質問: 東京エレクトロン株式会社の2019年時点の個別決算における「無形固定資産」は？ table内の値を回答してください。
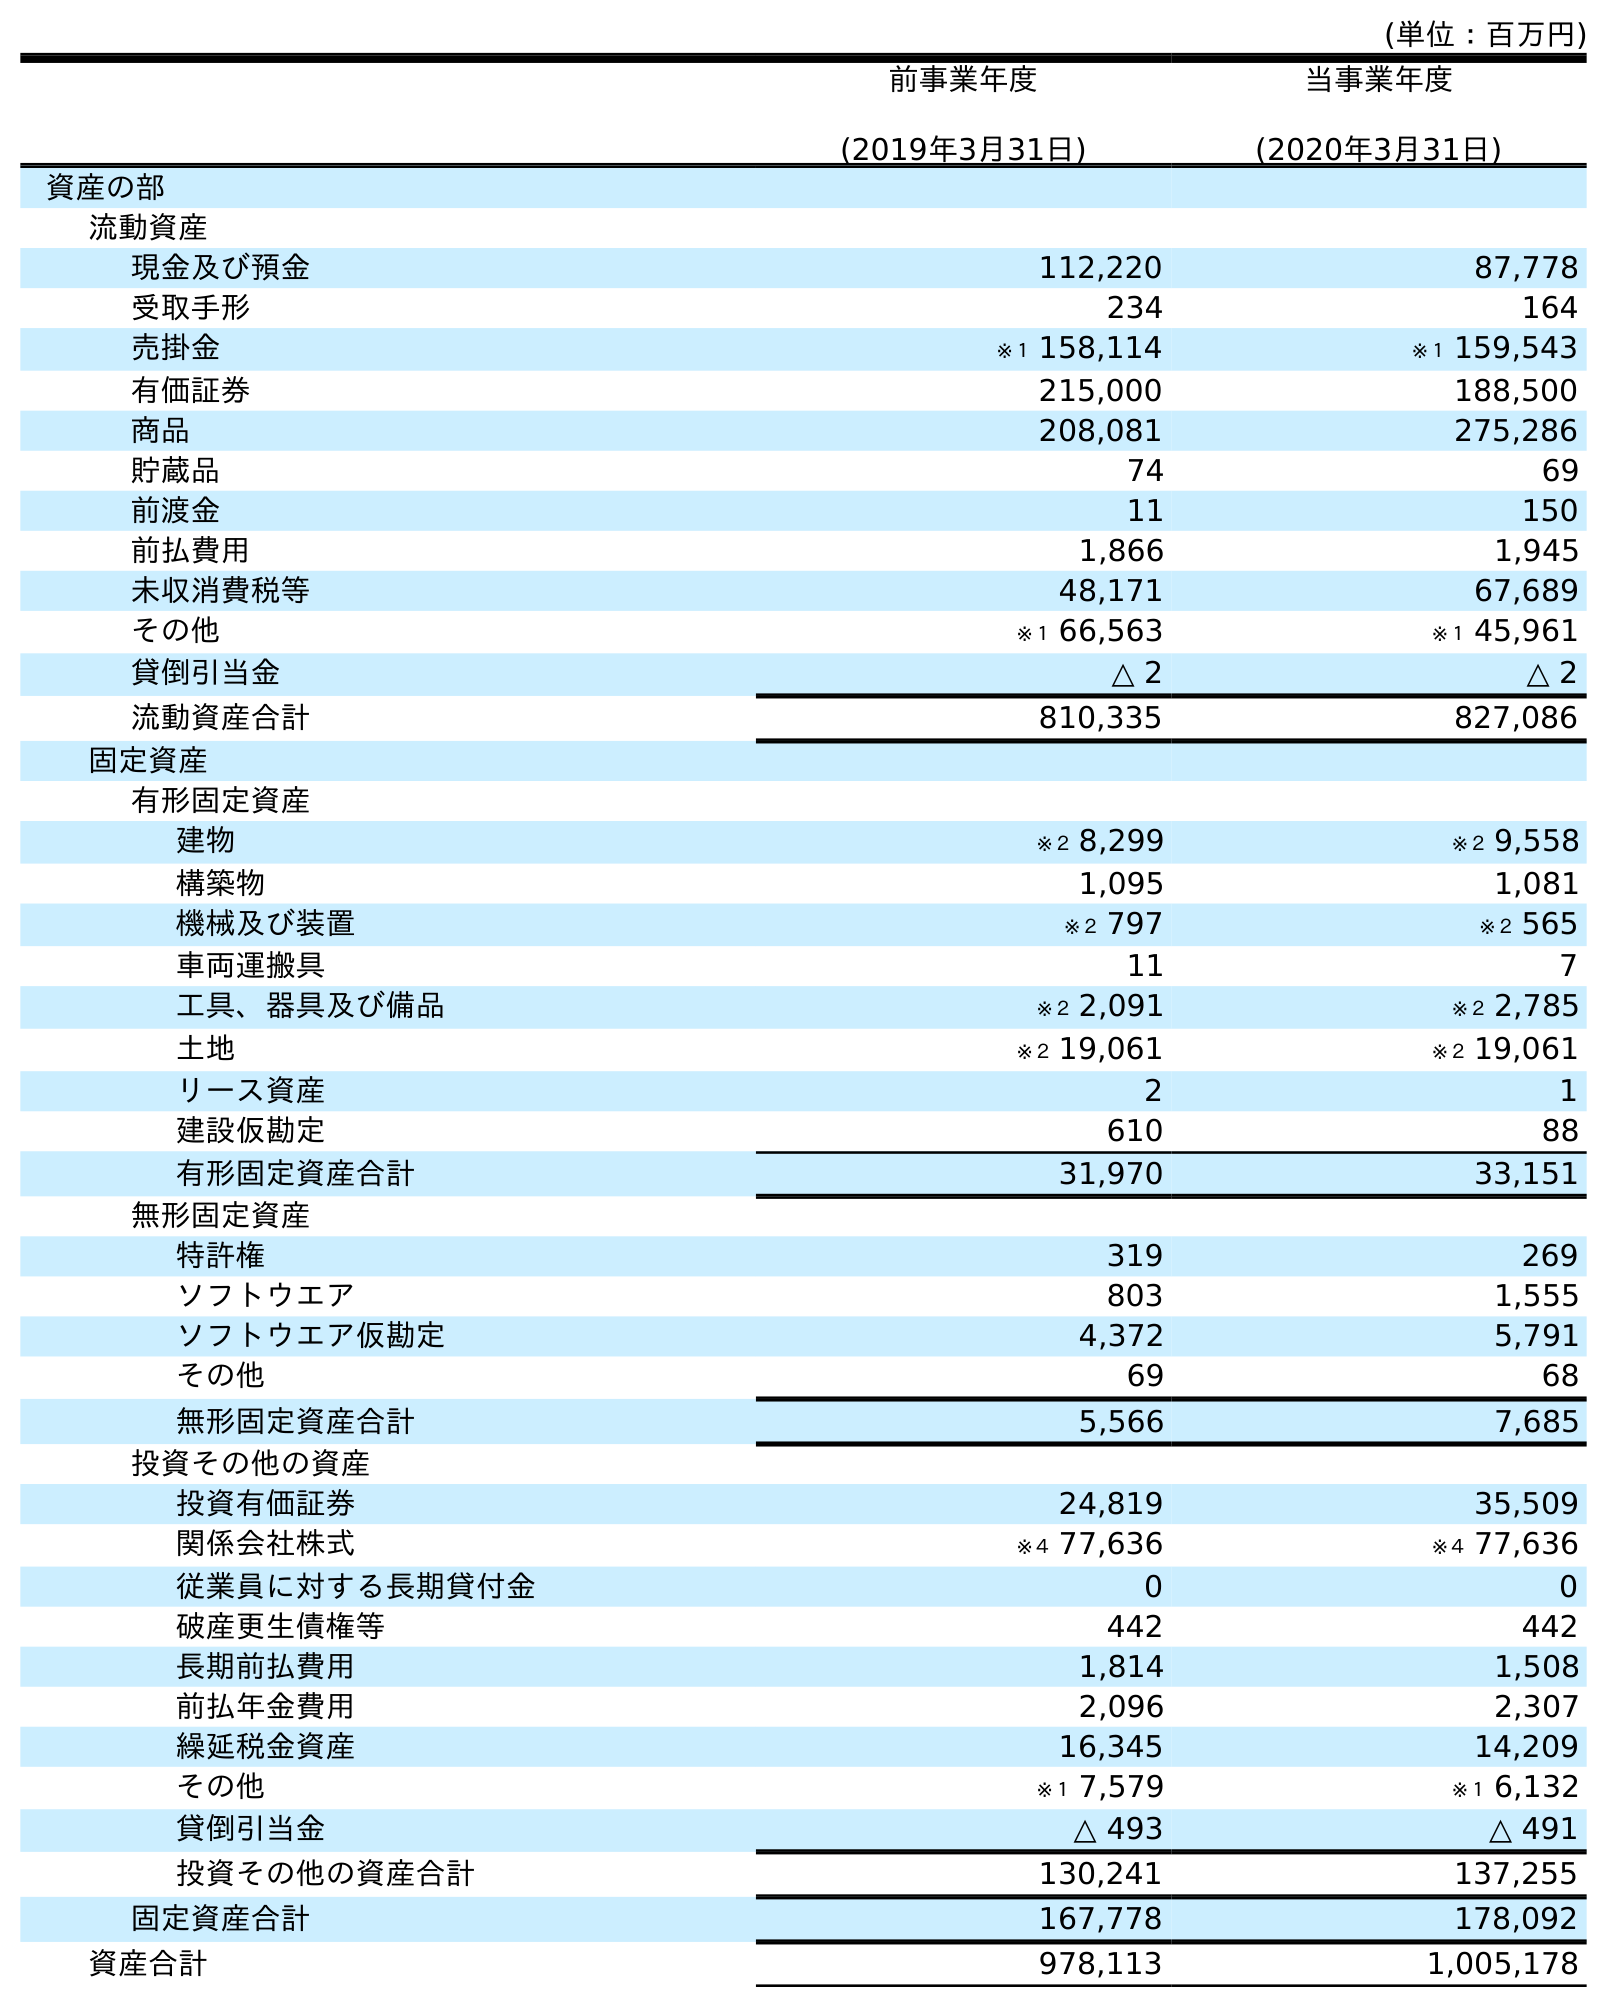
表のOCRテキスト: (単位：百万円) 前事業年度 (2019年3月31日) 当事業年度 (2020年3月31日) 資産の部 流動資産 現金及び預金 112,220 87,778 受取手形 234 164 売掛金 ※１ 158,114 ※１ 159,543 有価証券 215,000 188,500 商品 208,081 275,286 貯蔵品 74 69 前渡金 11 150 前払費用 1,866 1,945 未収消費税等 48,171 67,689 その他 ※１ 66,563 ※１ 45,961 貸倒引当金 △ 2 △ 2 流動資産合計 810,335 827,086 固定資産 有形固定資産 建物 ※２ 8,299 ※２ 9,558 構築物 1,095 1,081 機械及び装置 ※２ 797 ※２ 565 車両運搬具 11 7 工具、器具及び備品 ※２ 2,091 ※２ 2,785 土地 ※２ 19,061 ※２ 19,061 リース資産 2 1 建設仮勘定 610 88 有形固定資産合計 31,970 33,151 無形固定資産 特許権 319 269 ソフトウエア 803 1,555 ソフトウエア仮勘定 4,372 5,791 その他 69 68 無形固定資産合計 5,566 7,685 投資その他の資産 投資有価証券 24,819 35,509 関係会社株式 ※４ 77,636 ※４ 77,636 従業員に対する長期貸付金 0 0 破産更生債権等 442 442 長期前払費用 1,814 1,508 前払年金費用 2,096 2,307 繰延税金資産 16,345 14,209 その他 ※１ 7,579 ※１ 6,132 貸倒引当金 △ 493 △ 491 投資その他の資産合計 130,241 137,255 固定資産合計 167,778 178,092 資産合計 978,113 1,005,178
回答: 5,566